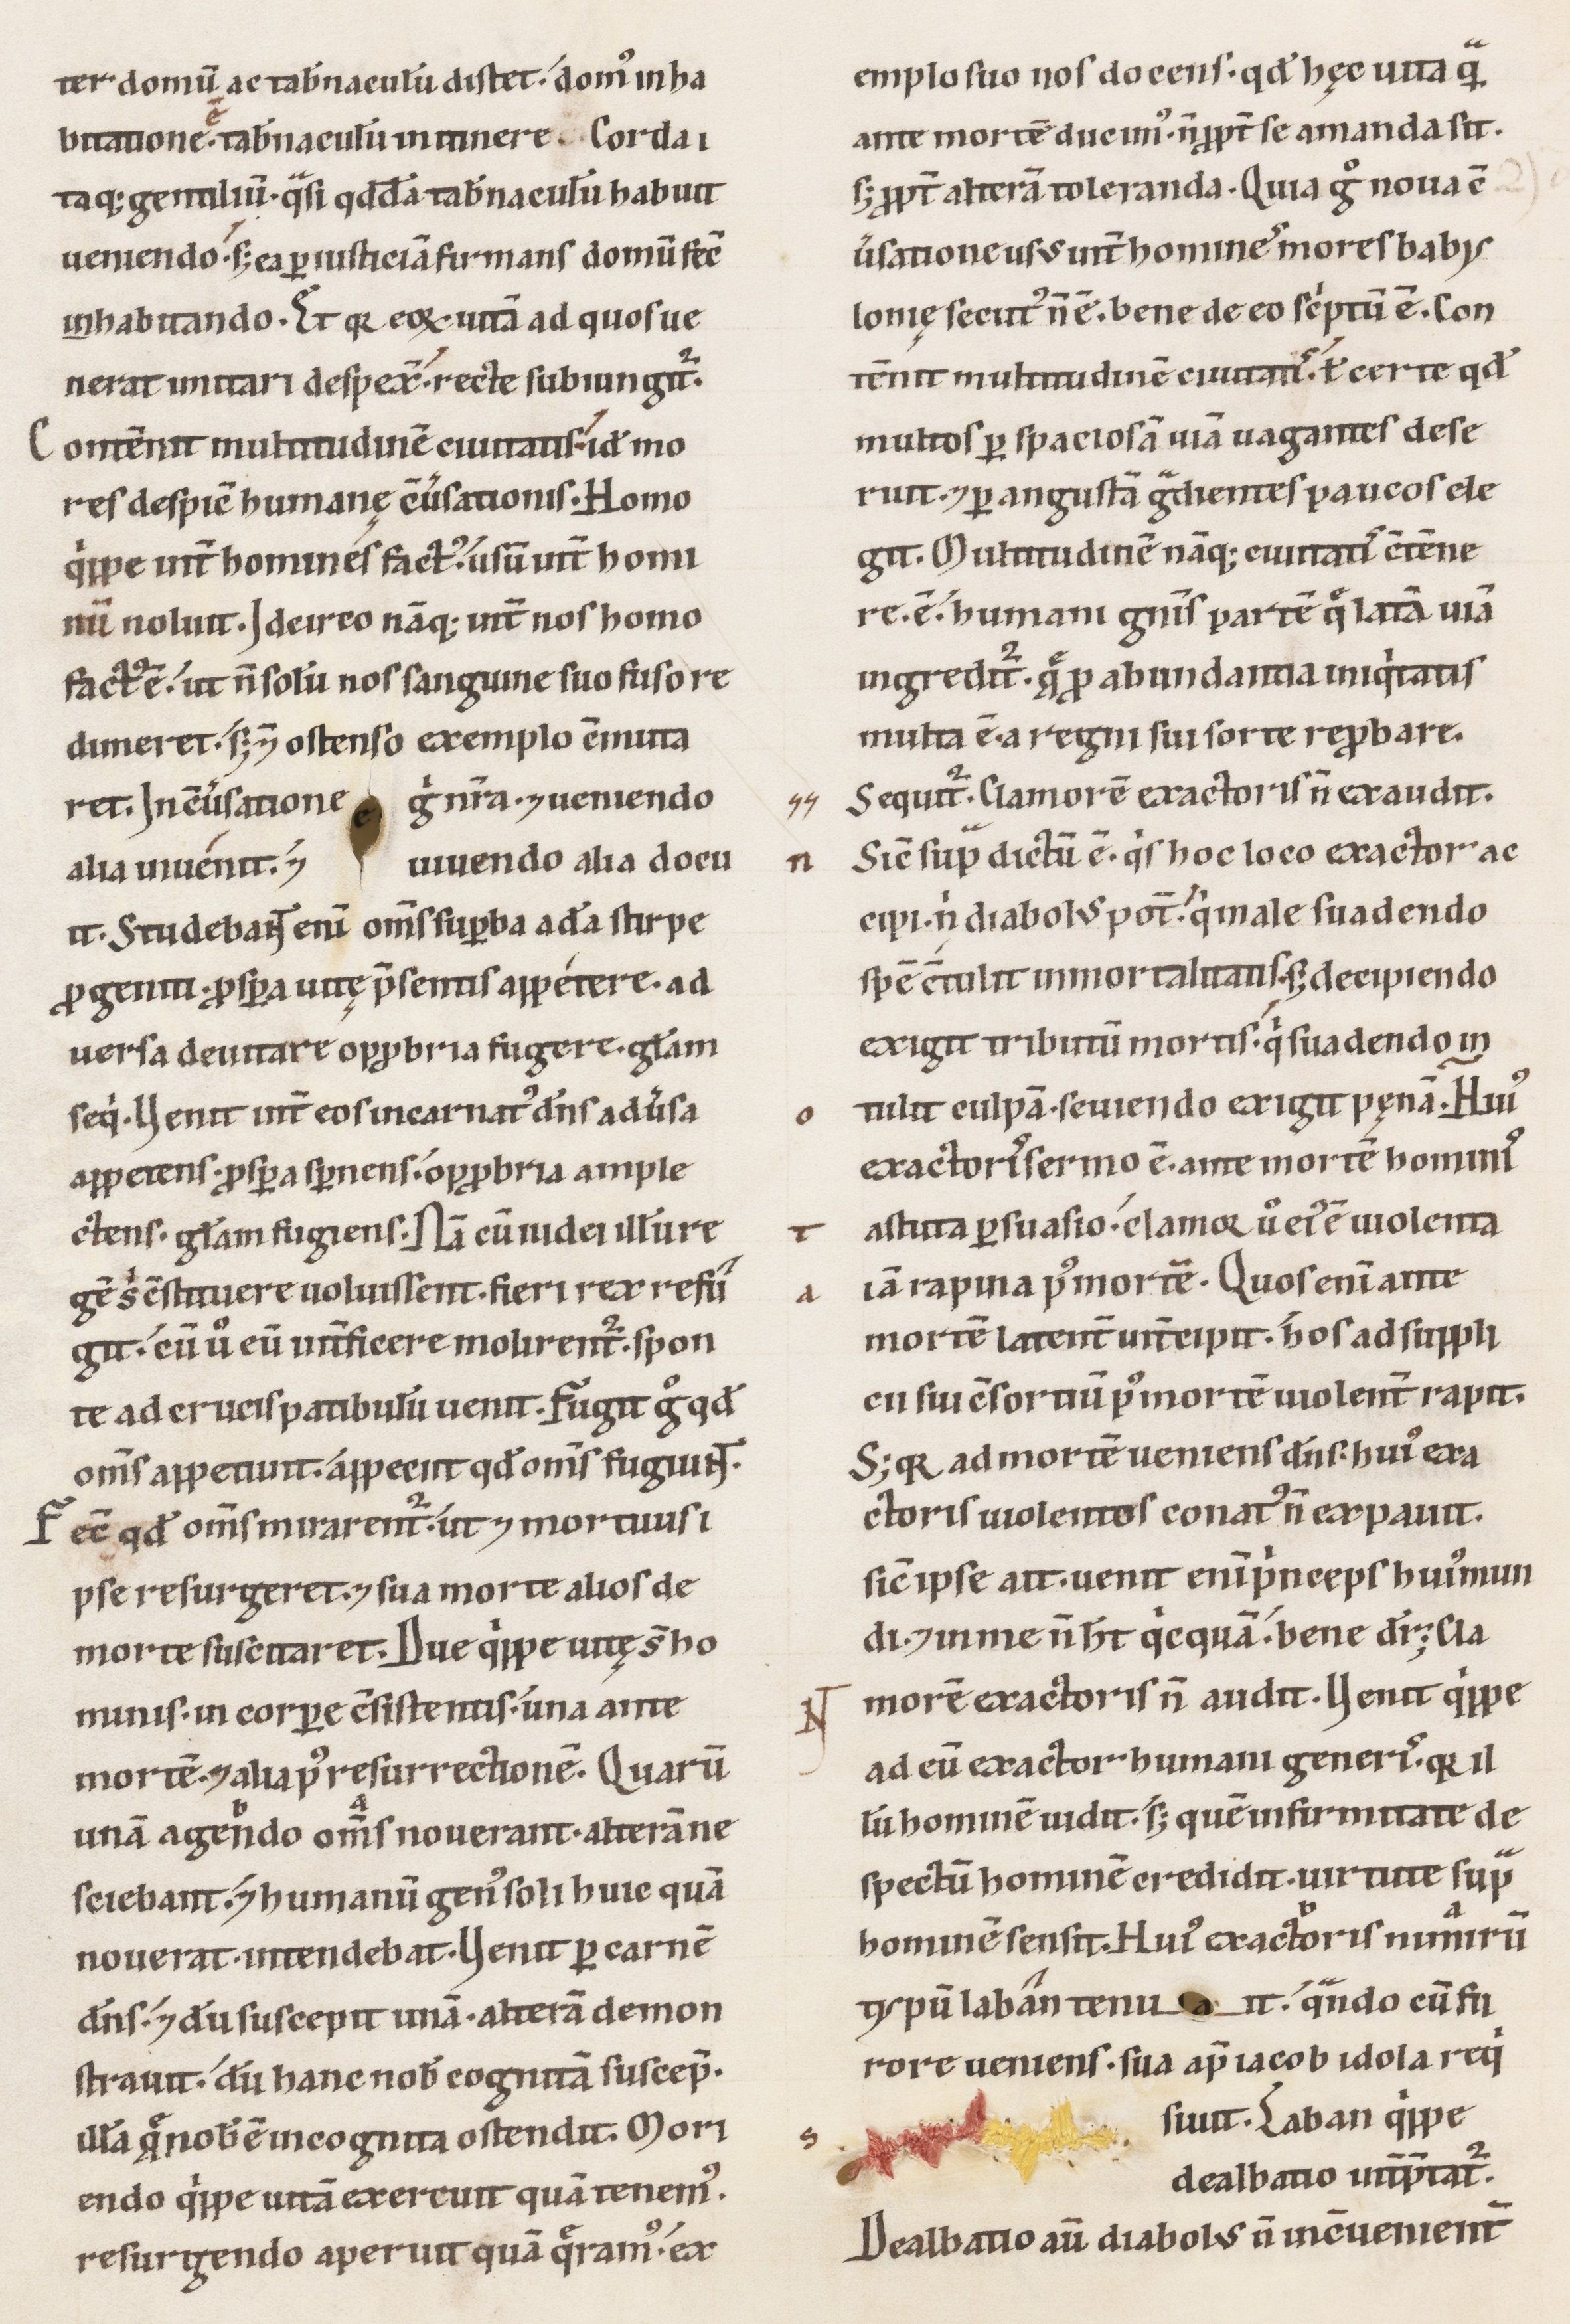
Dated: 1100–1199